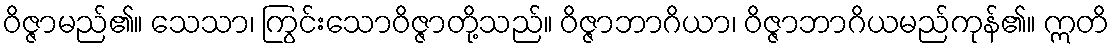
ဝိဇ္ဇာမည်၏။ သေသာ၊ ကြွင်းသောဝိဇ္ဇာတို့သည်။ ဝိဇ္ဇာဘာဂိယာ၊ ဝိဇ္ဇာဘာဂိယမည်ကုန်၏။ ဣတိ